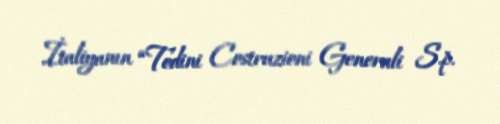
İtaliyanın “Todini Costruzioni Generali S.p.